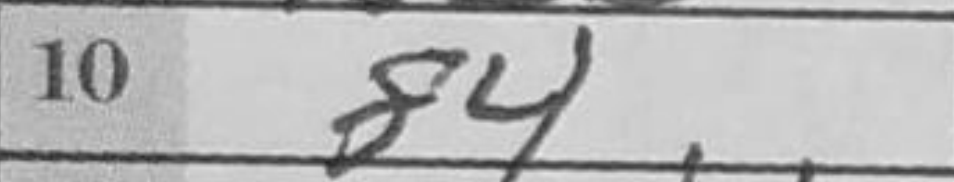
Transcription: f4